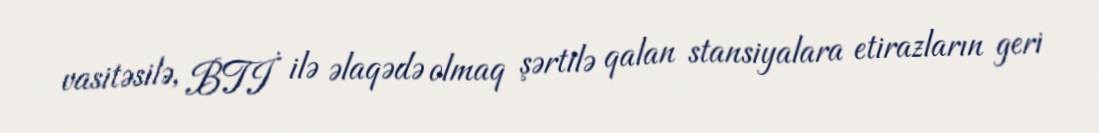
vasitəsilə, BTİ ilə əlaqədə olmaq şərtilə qalan stansiyalara etirazların geri